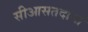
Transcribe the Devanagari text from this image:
सीआसतदानों